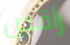
راقص